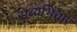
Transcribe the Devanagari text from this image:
सव्यभिचार